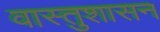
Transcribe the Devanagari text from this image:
वास्तुशासन